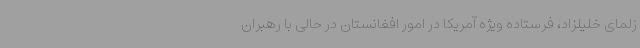
زلمای خلیلزاد، فرستاده ویژه آمریکا در امور افغانستان در حالی با رهبران